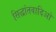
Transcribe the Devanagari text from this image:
सिद्धांतवादिओ